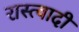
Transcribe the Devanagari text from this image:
रास्त्वादी